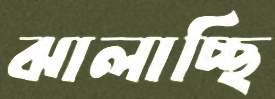
ঝালাচ্ছি